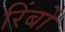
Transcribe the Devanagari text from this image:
रिंबों